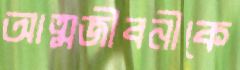
আত্মজীবনীকে